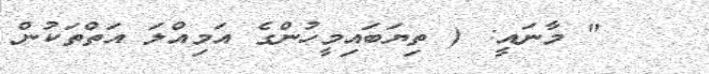
" މާނައީ: ( ތިޔަބައިމީހުންގެ އަމިއްލަ އަތްތަކުން